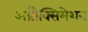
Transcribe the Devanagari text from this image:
अप्रौक्सिमेशन